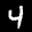
Label: 4